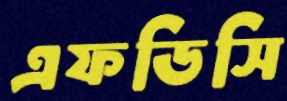
এফডিসি